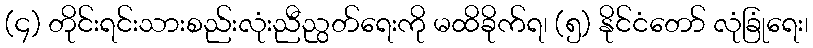
(၄) တိုင်းရင်းသားစည်းလုံးညီညွတ်ရေးကို မထိခိုက်ရ၊ (၅) နိုင်ငံတော် လုံခြုံရေး၊